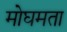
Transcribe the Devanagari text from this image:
मोघमता